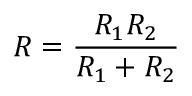
R = \frac { R _ { 1 } R _ { 2 } } { R _ { 1 } + R _ { 2 } }